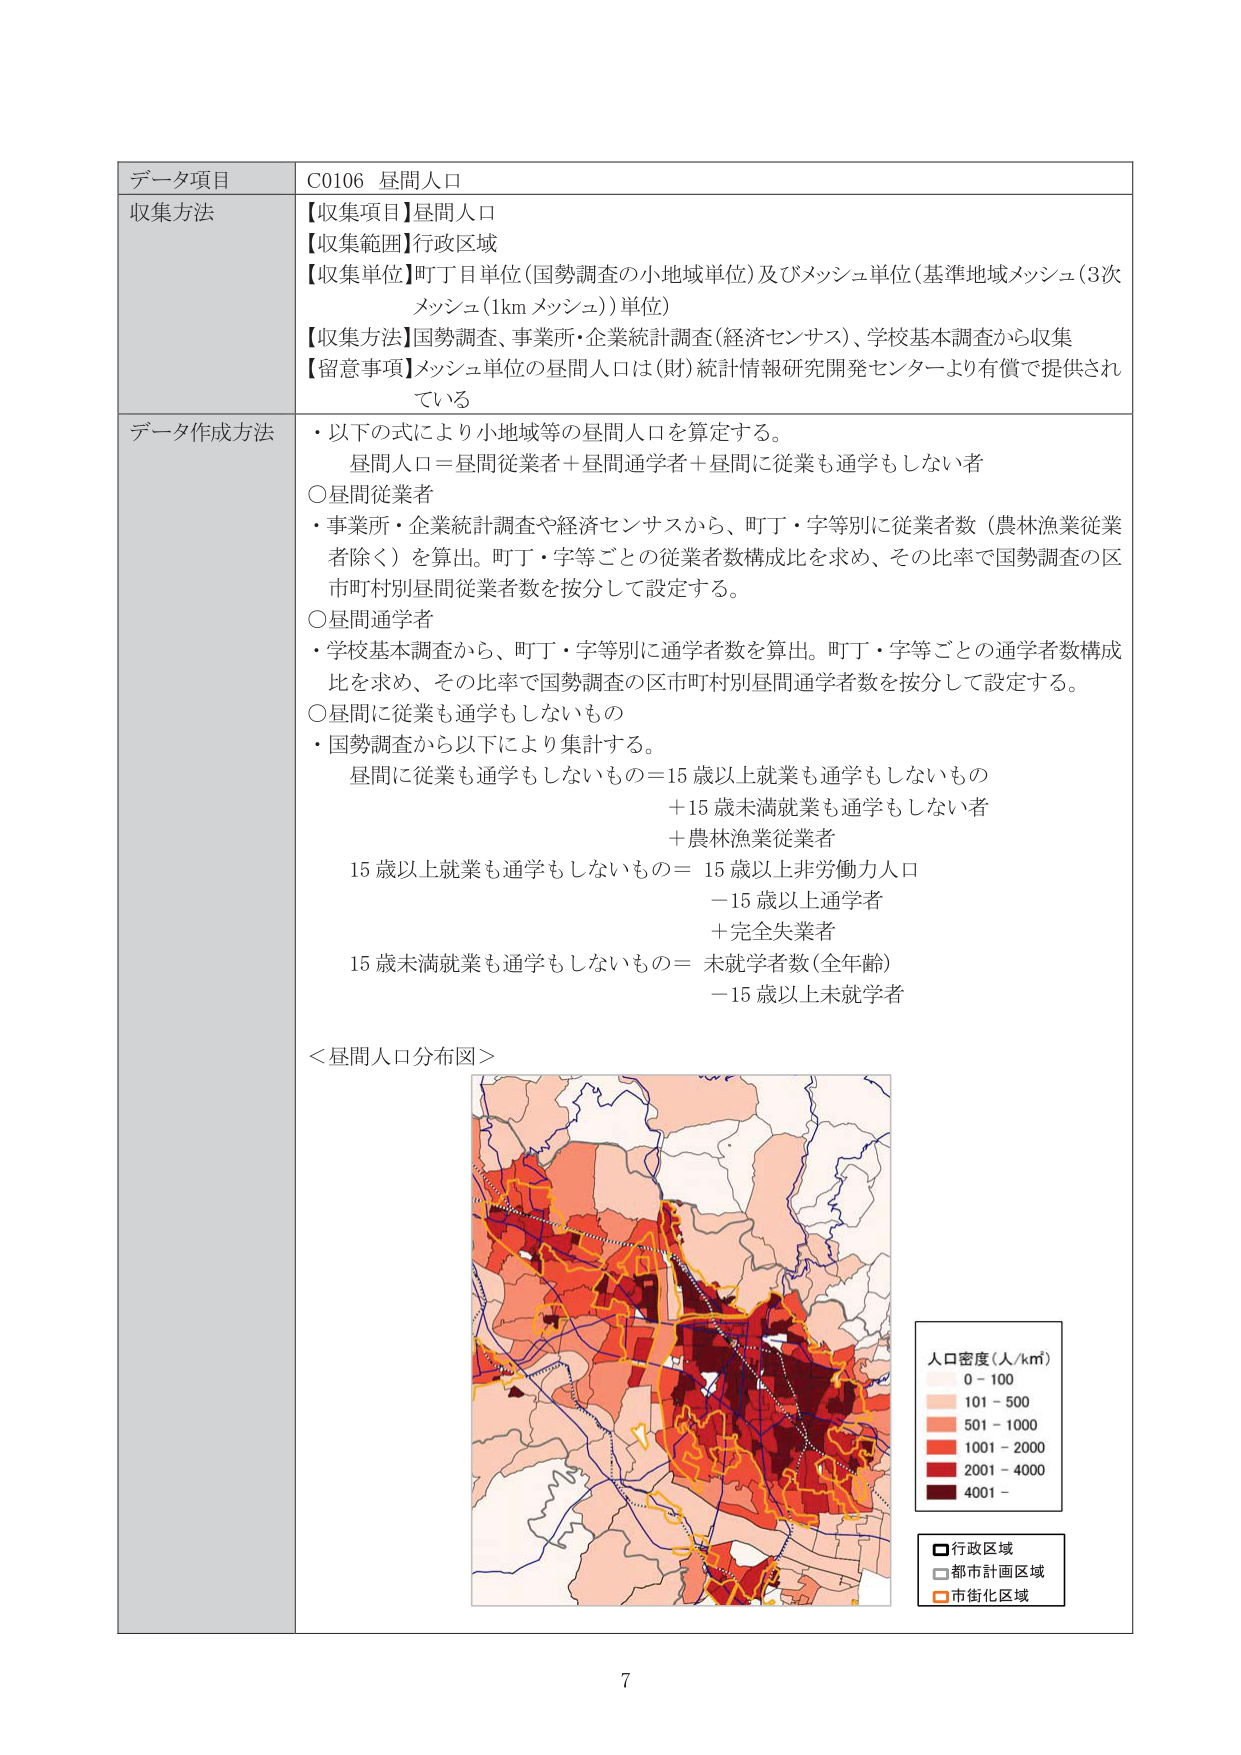
データ項目 C0106 昼間人口
収集方法 【収集項目】昼間人口
【収集範囲】行政区域
【収集単位】町丁目単位（国勢調査の小地域単位）及びメッシュ単位（基準地域メッシュ（3次メッシュ（1km メッシュ））単位）
【収集方法】国勢調査、事業所・企業統計調査（経済センサス）、学校基本調査から収集
【留意事項】メッシュ単位の昼間人口は（財）統計情報研究開発センターより有償で提供されている

データ作成方法 ・以下の式により小地域等の昼間人口を算定する。
昼間人口＝昼間従業者＋昼間通学者＋昼間に従業も通学もしない者
○昼間従業者
・事業所・企業統計調査や経済センサスから、町丁・字等別に従業者数（農林漁業従業者除く）を算出。町丁・字等ごとの従業者数構成比を求め、その比率で国勢調査の区市町村別昼間従業者数を按分して設定する。
○昼間通学者
・学校基本調査から、町丁・字等別に通学者数を算出。町丁・字等ごとの通学者数構成比を求め、その比率で国勢調査の区市町村別昼間通学者数を按分して設定する。
○昼間に従業も通学もしないもの
・国勢調査から以下により集計する。
昼間に従業も通学もしないもの＝15歳以上就業も通学もしないもの
　＋15歳未満就業も通学もしない者
　＋農林漁業従業者
15歳以上就業も通学もしないもの＝15歳以上非労働力人口
　－15歳以上通学者
　＋完全失業者
15歳未満就業も通学もしないもの＝未就学者数（全年齢）
　－15歳以上未就学者

＜昼間人口分布図＞
人口密度（人/km²）
　0－100
　101－500
　501－1000
　1001－2000
　2001－4000
　4001－
□行政区域
□都市計画区域
□市街化区域

7